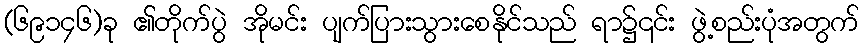
(၆၉၁၄၆)ခု ၏တိုက်ပွဲ အိုမင်း ပျက်ပြားသွားစေနိုင်သည် ရာ၌၎င်း ဖွဲ့စည်းပုံအတွက်